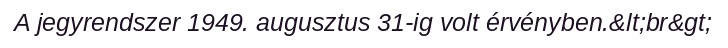
A jegyrendszer 1949. augusztus 31-ig volt érvényben.&lt;br&gt;